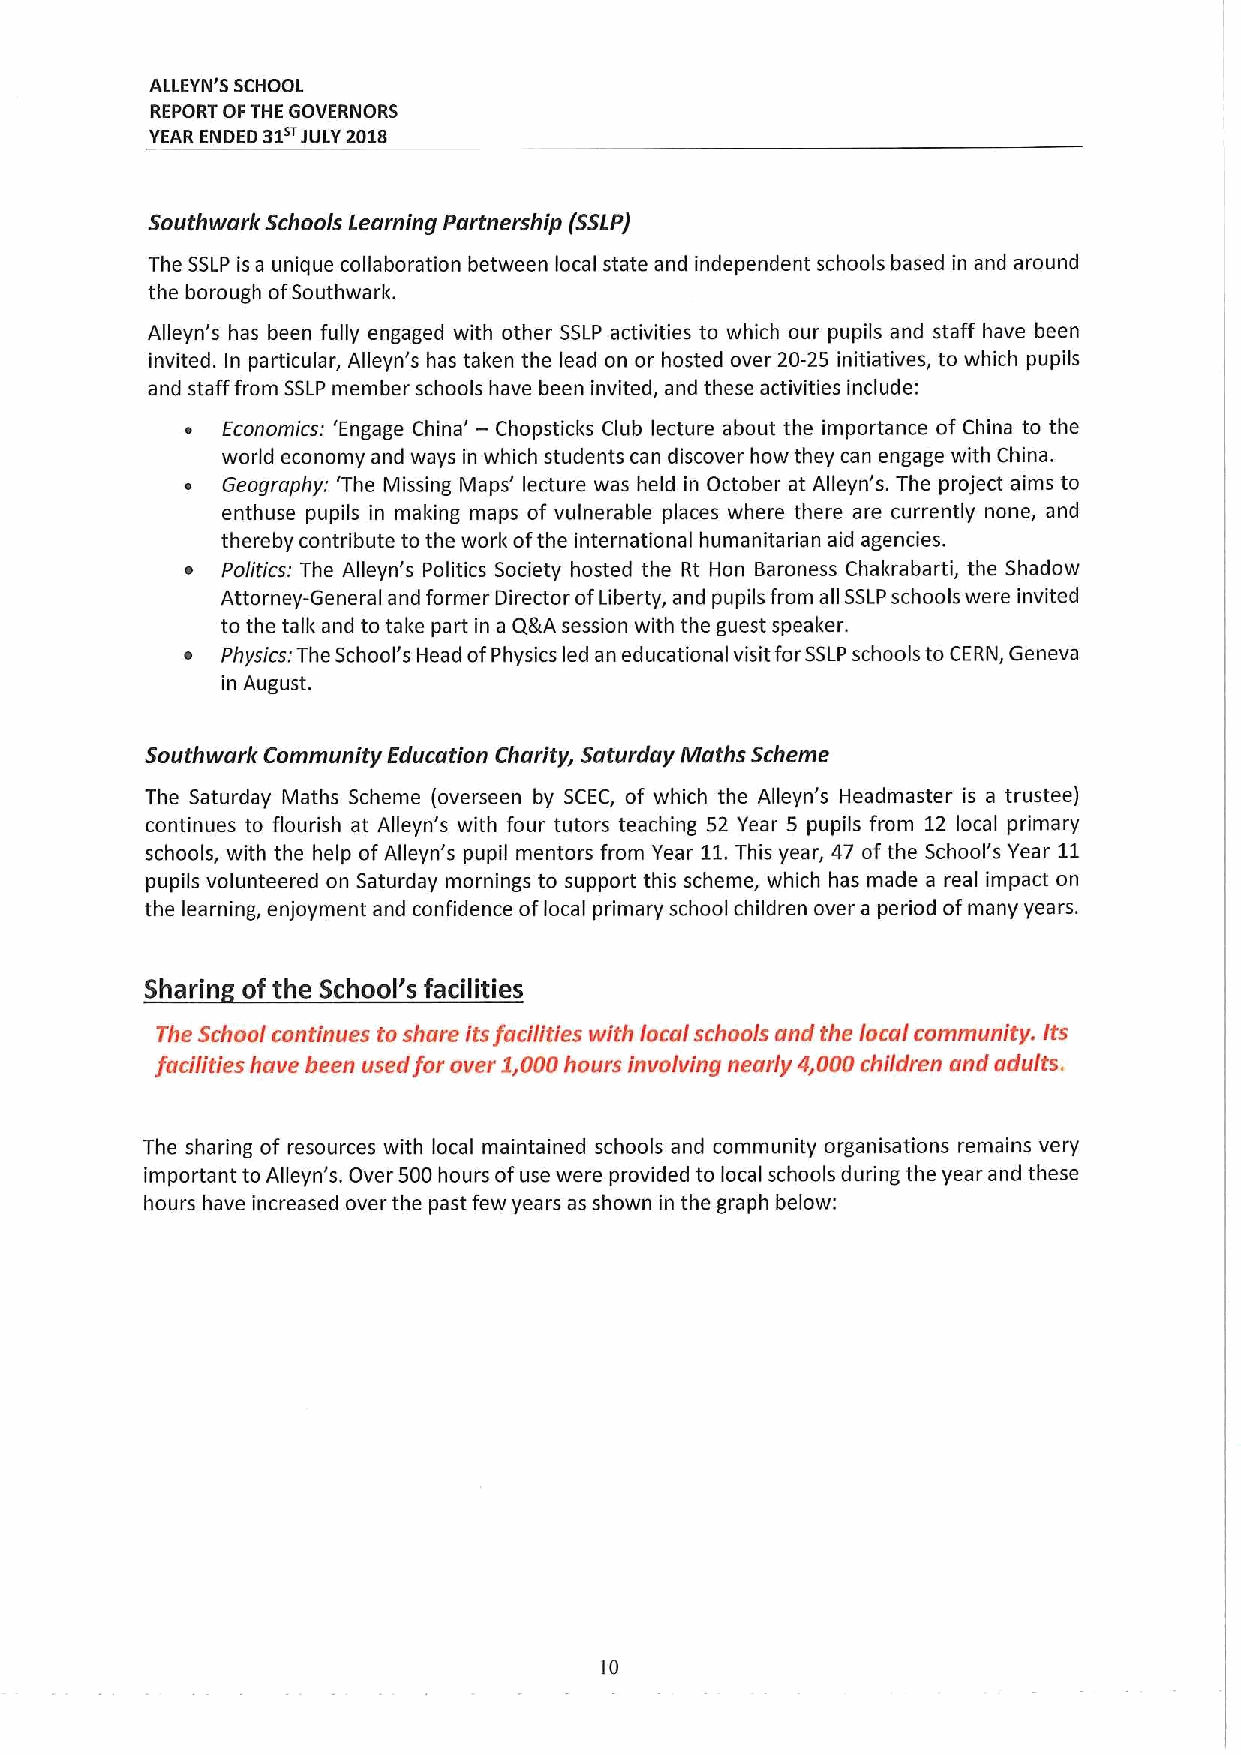
ALLEYN'S SCHOOL
 REPORT OFTHE GOVERNORS
 YEAR ENDED 31o JULY 2018
 Southwark Schools Learning Partnership (SSLP)
 The SSLP is a unique collaboration between local state and independent schools based in and around
 the borough ofSouthwarlc
 Alleyn's has been fully engaged with other SSLP activities to which our pupils and staff have been
 invited. In particular, Alleyn's has taken the lead on or hosted over 20-25 initiatives, to which pupils
 and staff from SSLP member schools have been invited, and these activities include:
 ~  Economics: 'Engage China' — Chopsticks Club lecture about the importance of China to the
 world economy and ways in which students can discover how they can engage with China.
 ~  Geography: 'The Missing Maps' lecture was held in October at Alleyn's. The project aims to
 enthuse pupils in making maps of vulnerable places where there are currently none, and
 thereby contribute to the work ofthe international humanitarian aid agencies.
 ~  Politics: The Alleyn's Politics Society hosted the Rt Hon Baroness Chakrabarti, the Shadow
 Attorney-General and former Director ofLiberty, and pupils from all SSLPschools were invited
 to the talk and to take part in a QgtA session with the guest speaker.
 ~  Physics: The School's Head ofPhysics led an educational visit forSSLPschools to CERN, Geneva
 in August.
 Southwark Community Education Charity, Saturday Maths Scheme
 The Saturday Maths Scheme (overseen by SCEC, of which the Alleyn's Headmaster is a trustee)
 continues to flourish at Alleyn's with four tutors teaching 52 Year 5 pupils from 12 local primary
 schools, with the help ofAlleyn's pupil mentors from Year 11.This year, 47 ofthe School's Year 11
 pupils volunteered on Saturday mornings to support this scheme, which has made a real impact on
 the learning, enjoyment and confidence oflocal primary school children over a period ofmany years.
 Sharin ofthe School's facilities
 The School continues to share itsfacilities with local schools and the local community. its
 facilities have been used for over 2,000hours involving nearly Jl,000children and adults.
 The sharing of resources with local maintained schools and community organisations remains very
 important to Alleyn's. Over 500hours ofuse were provided to local schools during the year and these
 hours have increased over the past few years as shown in the graph below:
 10